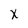
Character: X